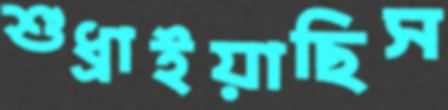
শুধ্‌রাইয়াছিস